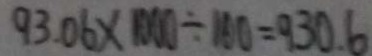
9 3 . 0 6 \times 1 0 0 0 \div 1 0 0 = 9 3 0 . 6